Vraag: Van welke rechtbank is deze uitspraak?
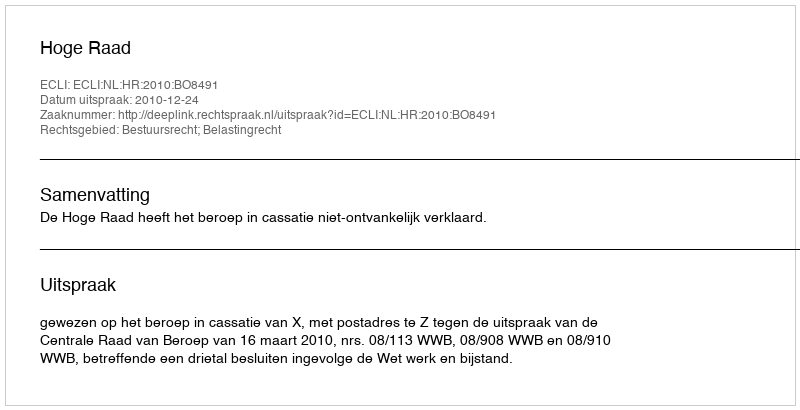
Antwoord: Hoge Raad